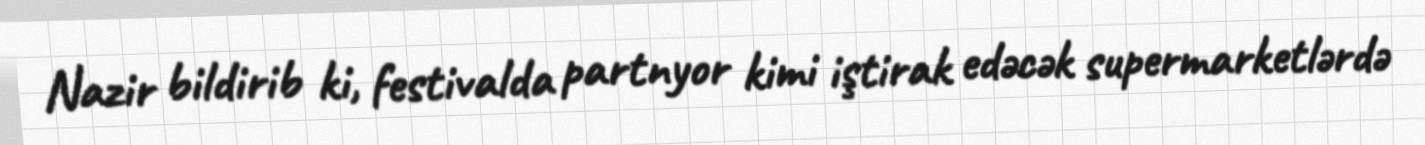
Nazir bildirib ki, festivalda partnyor kimi iştirak edəcək supermarketlərdə